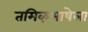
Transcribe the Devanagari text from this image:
तमिऴभाषेला